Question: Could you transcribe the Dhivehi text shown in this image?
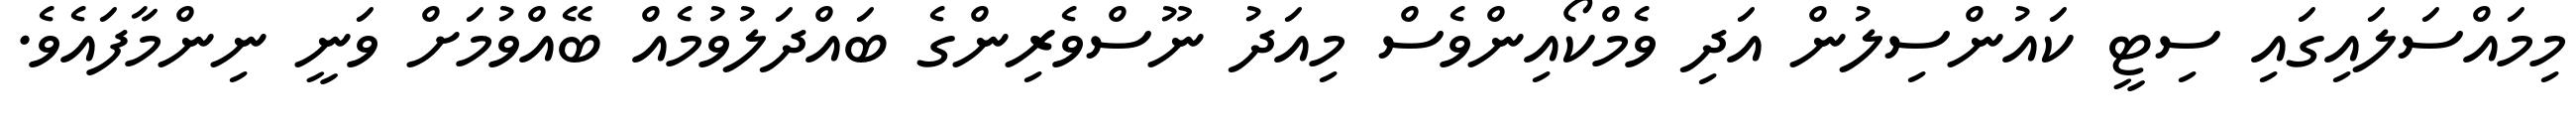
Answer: މިމައްސަލައިގައި ސިޓީ ކައުންސިލުން އަދި ވެމްކޯއިންވެސް މިއަދު ނޫސްވެރިންގެ ބައްދަލުވުމެއް ބޭއްވުމަށް ވަނީ ނިންމާފައެވެ.